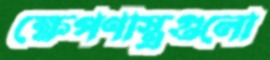
ক্ষেপণাস্ত্রগুলো